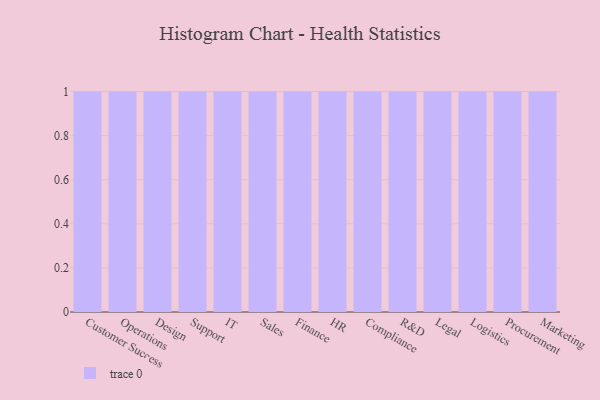
{"axis": {"x": "Department", "y": "Satisfaction Score"}, "legend": [""], "data": [{"x": "Customer Success", "y": 3, "type": ""}, {"x": "Operations", "y": 39, "type": ""}, {"x": "Design", "y": 39, "type": ""}, {"x": "Support", "y": 86, "type": ""}, {"x": "IT", "y": 24, "type": ""}, {"x": "Sales", "y": 24, "type": ""}, {"x": "Finance", "y": 97, "type": ""}, {"x": "HR", "y": 15, "type": ""}, {"x": "Compliance", "y": 53, "type": ""}, {"x": "R&D", "y": 32, "type": ""}, {"x": "Legal", "y": 33, "type": ""}, {"x": "Logistics", "y": 39, "type": ""}, {"x": "Procurement", "y": 42, "type": ""}, {"x": "Marketing", "y": 13, "type": ""}]}